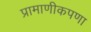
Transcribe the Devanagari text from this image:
प्रामाणीकपणा